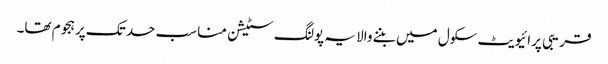
قریبی پرائیویٹ سکول میں بننے والا یہ پولنگ سٹیشن مناسب حد تک پرہجوم تھا۔